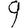
Digit: 9